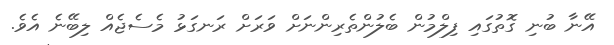
އޭނާ ބުނި ގޮތުގައި ފިލްމުން ބެލުންތެރިންނަށް ވަރަށް ރަނގަޅު މެސެޖެއް ލިބޭނެ އެވެ.